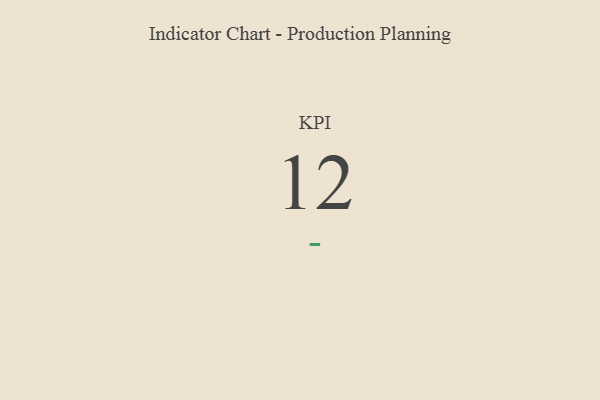
{"axis": {"x": "KPI", "y": "Value"}, "legend": [""], "data": [{"x": "KPI", "y": 12, "type": ""}]}